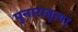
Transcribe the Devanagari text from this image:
पुनारावृत्या